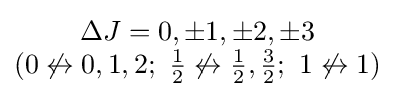
{\begin{matrix}\Delta J=0,\pm 1,\pm 2,\pm 3\\(0\not \leftrightarrow 0,1,2;\ {\begin{matrix}{1 \over 2}\end{matrix}}\not \leftrightarrow {\begin{matrix}{1 \over 2}\end{matrix}},{\begin{matrix}{3 \over 2}\end{matrix}};\ 1\not \leftrightarrow 1)\end{matrix}}